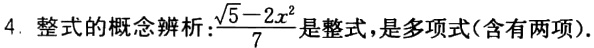
4. 整式的概念辨析：\(\frac{\sqrt{5}-2x^{2}}{7}\)是整式，是多项式(含有两项).